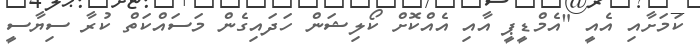
ކަމަށާއި އެއީ "އެމްޑީޕީ އާއި އެއްކޮށް ކޯލިޝަން ހަދައިގެން މަސައްކަތް ކުރާ ސިޔާސީ